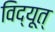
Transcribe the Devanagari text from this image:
विद्यूत्‌